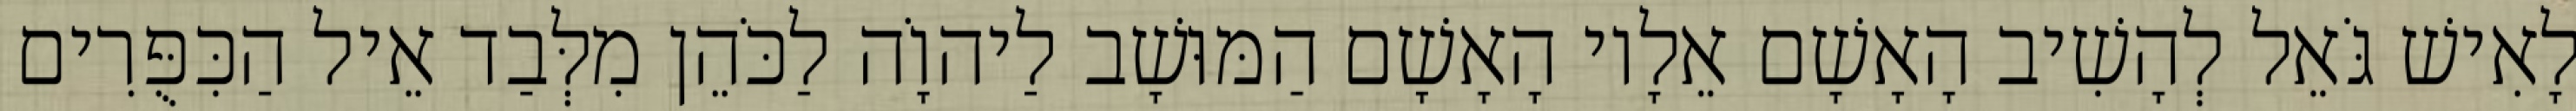
לָאִישׁ גֹּאֵל לְהָשִׁיב הָאָשָׁם אֵלָיו הָאָשָׁם הַמּוּשָׁב לַיהוָֹה לַכֹּהֵן מִלְּבַד אֵיל הַכִּפֻּרִים